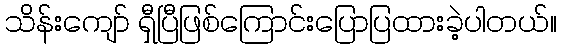
သိန်းကျော် ရှီပြီဖြစ်ကြောင်းပြောပြထားခဲ့ပါတယ်။